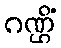
ဂဏ္ဌိံ